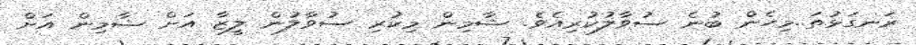
ރަނގަޅުތަ..މިހެން ބުނެ ސުވާލުކުރިއެވެ. ޝާމިން މިކުރި ސުވާލުން ލީޒާ އަށް ޝާމިން އަށް